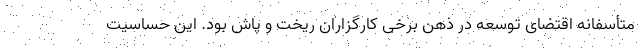
متأسفانه اقتضای توسعه در ذهن برخی کارگزاران ریخت و پاش بود. این حساسیت